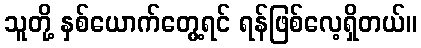
သူတို့ နှစ်ယောက်တွေ့ရင် ရန်ဖြစ်လေ့ရှိတယ်။